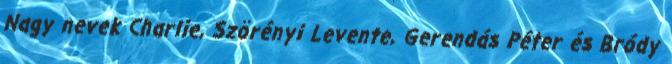
Nagy nevek Charlie, Szörényi Levente, Gerendás Péter és Bródy